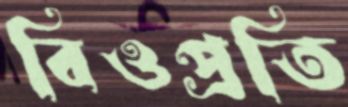
বিওপ্রতি